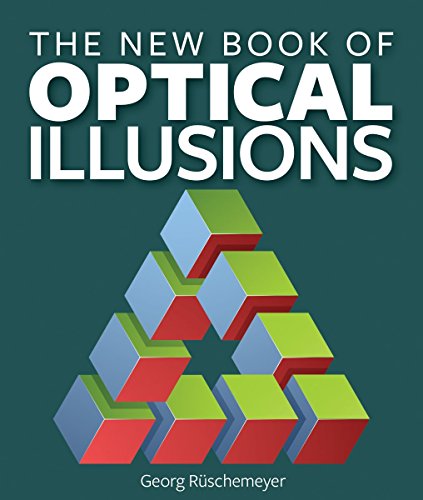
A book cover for The New Book of Optical Illusions; Georg Ruschemeyer; Humor & Entertainment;